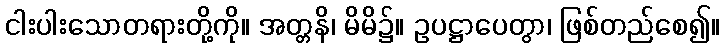
ငါးပါးသောတရားတို့ကို။ အတ္တနိ၊ မိမိ၌။ ဥပဋ္ဌာပေတွာ၊ ဖြစ်တည်စေ၍။